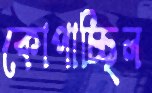
কোপাচ্ছিল